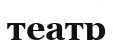
театр